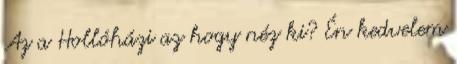
Az a Hollóházi az hogy néz ki? Én kedvelem